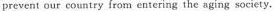
prevent our country from entering the aging society.